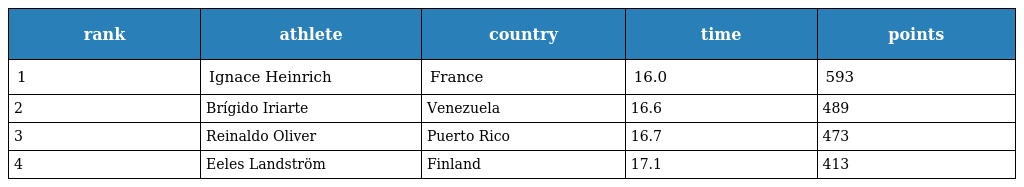
| rank | athlete | country | time | points |
 | --- | --- | --- | --- | --- |
 | 1 | Ignace Heinrich | France | 16.0 | 593 |
 | 2 | Brígido Iriarte | Venezuela | 16.6 | 489 |
 | 3 | Reinaldo Oliver | Puerto Rico | 16.7 | 473 |
 | 4 | Eeles Landström | Finland | 17.1 | 413 |